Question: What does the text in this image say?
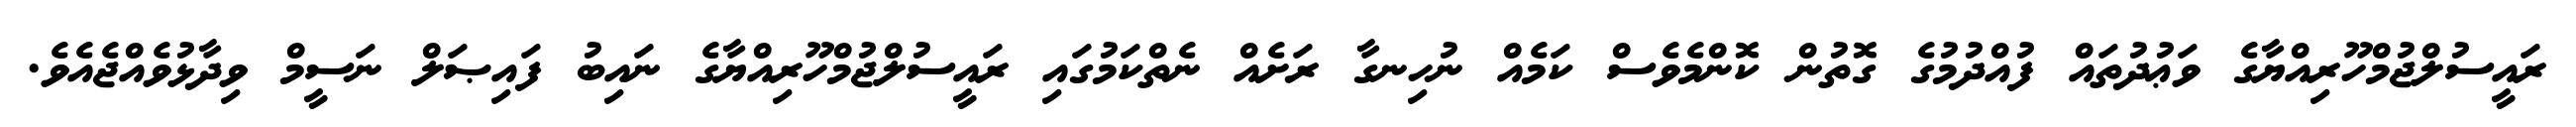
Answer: ރައީސުލްޖުމްހޫރިއްޔާގެ ވަޢުދުތައް ފުއްދުމުގެ ގޮތުން ކޮންމެވެސް ކަމެއް ނުހިނގާ ރަށެއް ނެތްކަމުގައި ރައީސުލްޖުމްހޫރިއްޔާގެ ނައިބު ފައިޞަލް ނަސީމް ވިދާޅުވެއްޖެއެވެ.